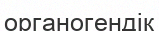
органогендік